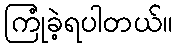
ကြုံခဲ့ရပါတယ်။